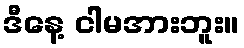
ဒီနေ့ ငါမအားဘူး။